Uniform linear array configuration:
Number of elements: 32
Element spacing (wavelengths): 0.25
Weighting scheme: blackman
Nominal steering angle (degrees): -15
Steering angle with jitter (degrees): -15.067
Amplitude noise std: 0.05
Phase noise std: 0.05

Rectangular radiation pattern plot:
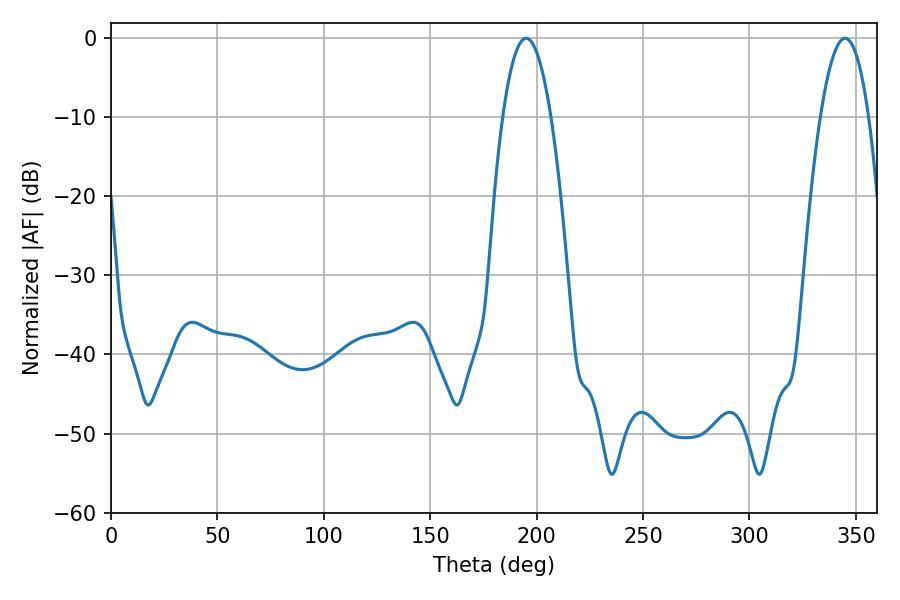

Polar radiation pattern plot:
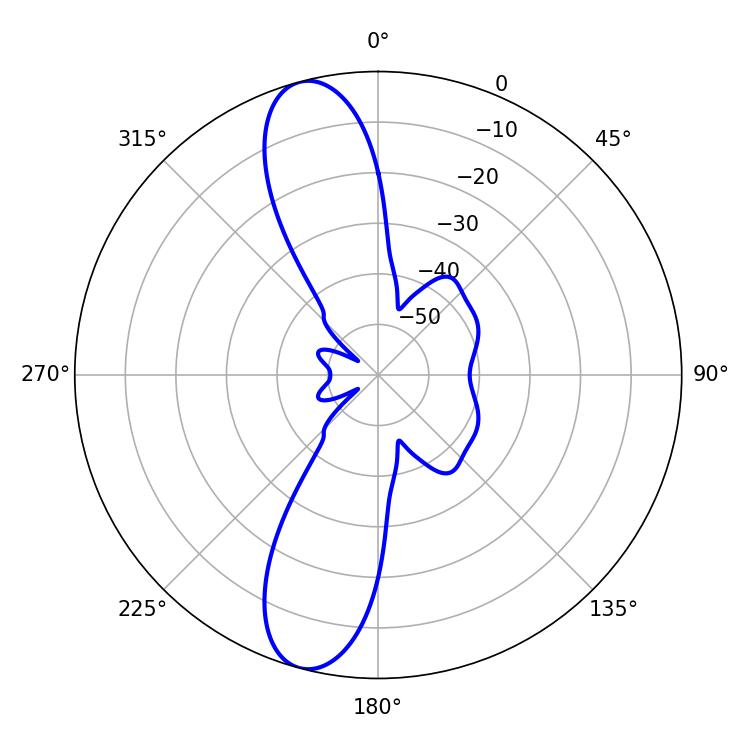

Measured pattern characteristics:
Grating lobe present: FALSE
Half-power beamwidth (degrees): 12.42
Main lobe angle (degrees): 195.12